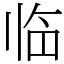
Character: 临